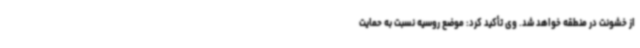
از خشونت در منطقه خواهد شد. وی تأکید کرد: موضع روسیه نسبت به حمایت